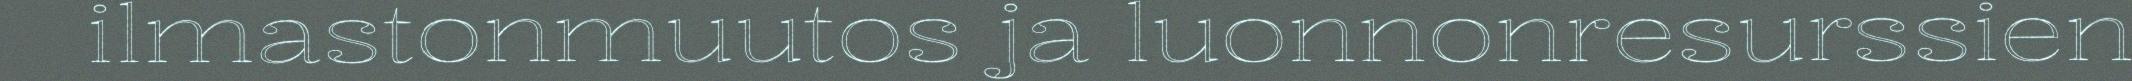
ilmastonmuutos ja luonnonresurssien